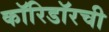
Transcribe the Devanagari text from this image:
कॉरिडॉरची